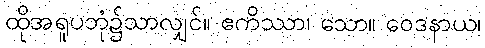
ထိုအရူပဘုံ၌သာလျှင်။ ဧကိဿာ၊ သော။ ဝေဒနာယ၊